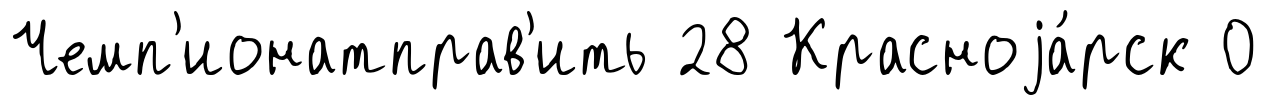
Чемп'ионатправ'ить 28 Красноjа́рск 0